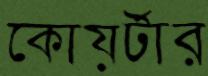
কোয়র্টার